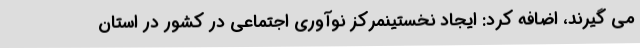
می گیرند، اضافه کرد: ایجاد نخستینمرکز نوآوری اجتماعی در کشور در استان